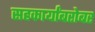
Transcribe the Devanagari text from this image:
सहकार्यांबरोबर